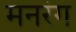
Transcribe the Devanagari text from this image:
मनरंग